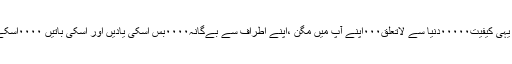
ایسا پہلی بار نہیں ہوا تھا، جب جب میں اسکے متعلق سوچتا میری یہی کیفیت۰۰۰۰۰دنیا سے لاتعلق۰۰۰اپنے آپ میں مگن ،اپنے اطراف سے بےگانہ۰۰۰۰بس اسکی یادیں اور اُسکی باتیں ۰۰۰۰اسکے ساتھ گذارے ہوئے لمحات۰۰۰۰۰۰میں گُم ہوجاتا۰۰۰۰کھو جاتا۔